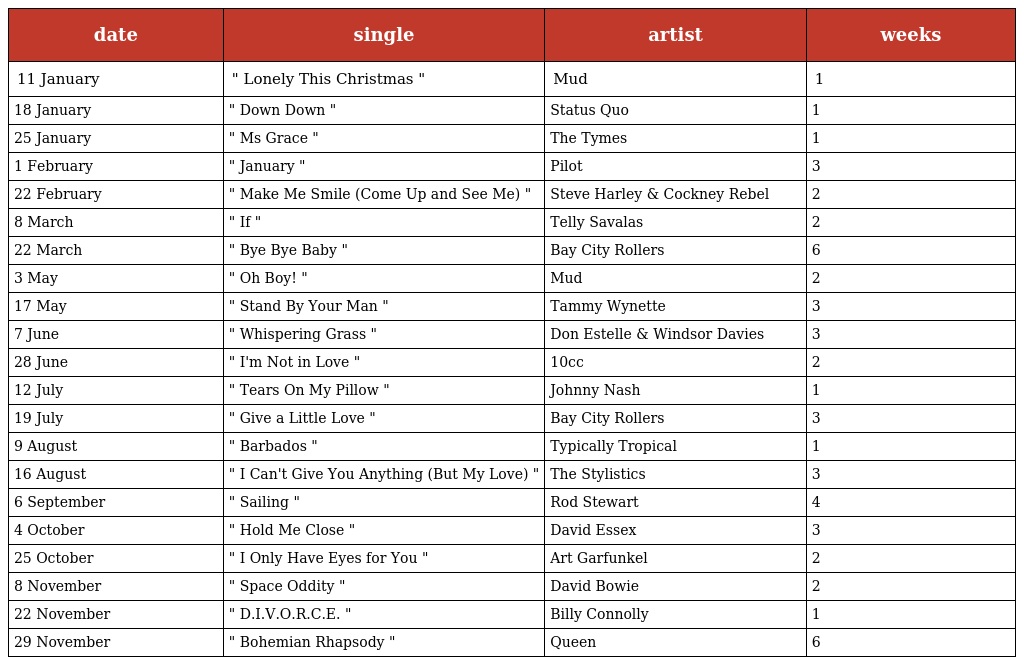
| date | single | artist | weeks |
 | --- | --- | --- | --- |
 | 11 January | " Lonely This Christmas " | Mud | 1 |
 | 18 January | " Down Down " | Status Quo | 1 |
 | 25 January | " Ms Grace " | The Tymes | 1 |
 | 1 February | " January " | Pilot | 3 |
 | 22 February | " Make Me Smile (Come Up and See Me) " | Steve Harley & Cockney Rebel | 2 |
 | 8 March | " If " | Telly Savalas | 2 |
 | 22 March | " Bye Bye Baby " | Bay City Rollers | 6 |
 | 3 May | " Oh Boy! " | Mud | 2 |
 | 17 May | " Stand By Your Man " | Tammy Wynette | 3 |
 | 7 June | " Whispering Grass " | Don Estelle & Windsor Davies | 3 |
 | 28 June | " I'm Not in Love " | 10cc | 2 |
 | 12 July | " Tears On My Pillow " | Johnny Nash | 1 |
 | 19 July | " Give a Little Love " | Bay City Rollers | 3 |
 | 9 August | " Barbados " | Typically Tropical | 1 |
 | 16 August | " I Can't Give You Anything (But My Love) " | The Stylistics | 3 |
 | 6 September | " Sailing " | Rod Stewart | 4 |
 | 4 October | " Hold Me Close " | David Essex | 3 |
 | 25 October | " I Only Have Eyes for You " | Art Garfunkel | 2 |
 | 8 November | " Space Oddity " | David Bowie | 2 |
 | 22 November | " D.I.V.O.R.C.E. " | Billy Connolly | 1 |
 | 29 November | " Bohemian Rhapsody " | Queen | 6 |